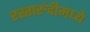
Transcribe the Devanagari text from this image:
रस्तारुंदीमध्ये